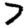
Digit: 7